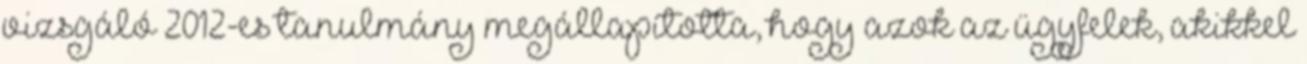
vizsgáló 2012-es tanulmány megállapította, hogy azok az ügyfelek, akikkel